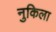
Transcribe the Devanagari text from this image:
नुकिला